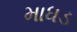
માધડ